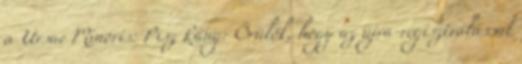
α Ursae Minoris: Pisz Ráng: Örülök, hogy az újra-regisztrálással